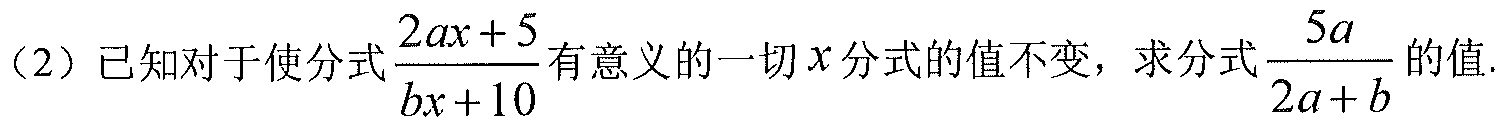
（2）已知对于使分式\(\dfrac{2ax + 5}{bx + 10}\)有意义的一切\(x\)分式的值不变，求分式\(\dfrac{5a}{2a + b}\)的值.